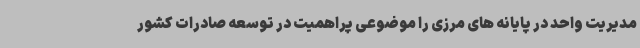
مدیریت واحد در پایانه های مرزی را موضوعی پراهمیت در توسعه صادرات کشور